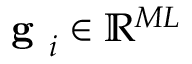
\textbf { g } _ { i } \in \mathbb { R } ^ { M L }